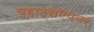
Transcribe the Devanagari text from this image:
व्हाट्सऍपवर